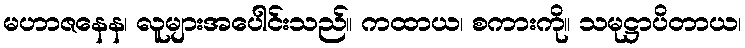
မဟာဇနေန၊ လူများအပေါင်းသည်။ ကထာယ၊ စကားကို။ သမုဋ္ဌာပိတာယ၊